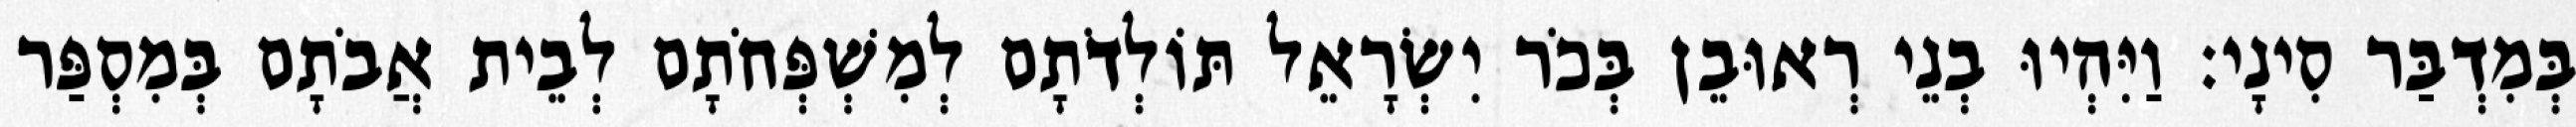
בְּמִדְבַּר סִינָי׃ וַיִּהְיוּ בְנֵי רְאוּבֵן בְּכֹר יִשְׂרָאֵל תּוֹלְדֹתָם לְמִשְׁפְּחֹתָם לְבֵית אֲבֹתָם בְּמִסְפַּר